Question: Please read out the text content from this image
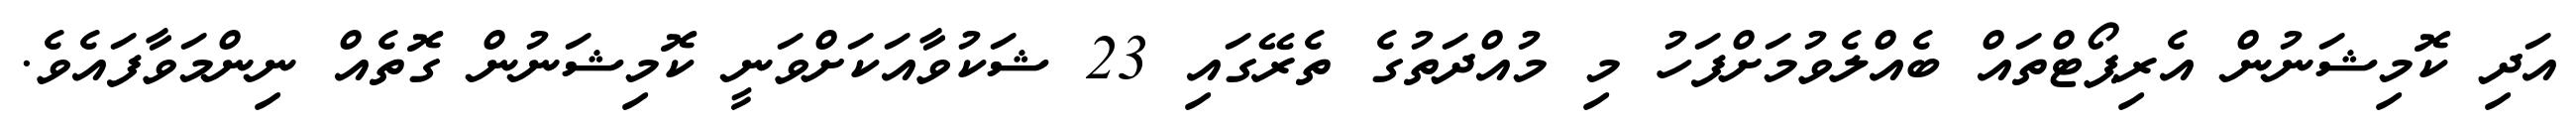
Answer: އަދި ކޮމިޝަނުން އެރިޕޯޓްތައް ބެއްލެވުމަށްފަހު މި މުއްދަތުގެ ތެރޭގައި 23 ޝަކުވާއަކަށްވަނީ ކޮމިޝަނުން ގޮތެއް ނިންމަވާފައެވެ.